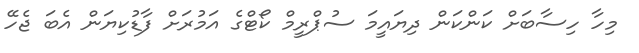
މިހާ ހިސާބަށް ކަންކަން ދިޔައީމަ ސުޕްރީމް ކޯޓްގެ އަމުރަށް ފާޑުކިޔަން އެބަ ޖެހޭ